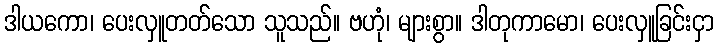
ဒါယကော၊ ပေးလှူတတ်သော သူသည်။ ဗဟုံ၊ များစွာ။ ဒါတုကာမော၊ ပေးလှူခြင်းငှာ